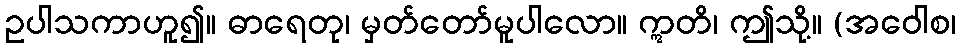
ဥပါသကာဟူ၍။ ဓာရေတု၊ မှတ်တော်မူပါလော။ ဣတိ၊ ဤသို့။ (အဝေါစ၊